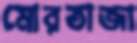
মোরতাজা